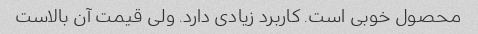
محصول خوبی است. کاربرد زیادی دارد. ولی قیمت آن بالاست